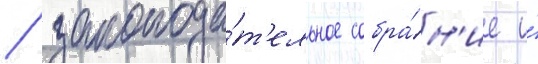
/ законода́т'ельное собра́н'ие и́